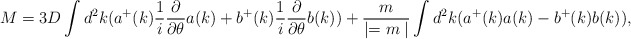
\begin{align*}M=3D\int d^2k(a^+(k){1\over i}{\partial \over {\partial \theta }}a(k)+b^+(k){1\over i}{\partial \over {\partial \theta }}b(k))+{m\over {\mid =m\mid }}\int d^2k(a^+(k)a(k)-b^+(k)b(k)),\end{align*}